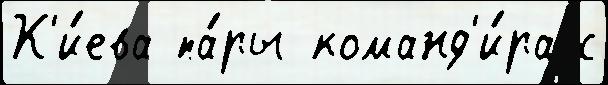
К'и́ева па́ры команд'и́ра с